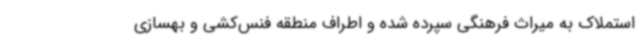
استملاک به میراث فرهنگی سپرده شده و اطراف منطقه فنس‌کشی و بهسازی